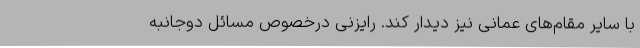
با سایر مقام‌های عمانی نیز دیدار کند. رایزنی درخصوص مسائل دوجانبه